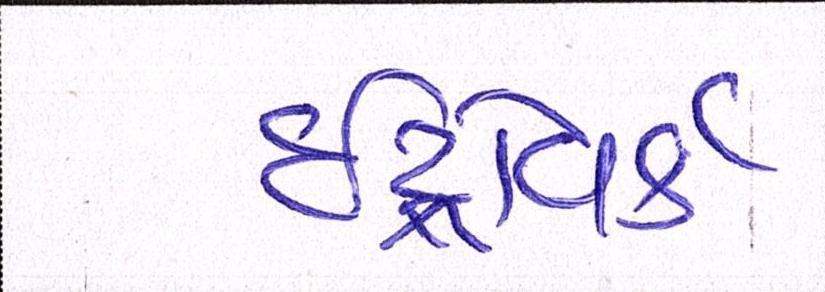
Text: ઇંટ્રોવર્ટ